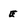
Character: e